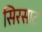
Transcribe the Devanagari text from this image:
सिरसाट